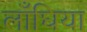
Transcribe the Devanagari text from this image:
लाँघिया